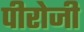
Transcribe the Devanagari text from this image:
पीरोजी